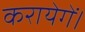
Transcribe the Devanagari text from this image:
करायेगें।